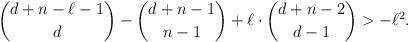
\begin{align*} \binom{d+n- \ell - 1}{d} - \binom{d+n-1}{n-1} + \ell \cdot \binom{d+n-2}{d-1} > - \ell^2.\end{align*}